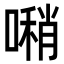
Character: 𠿀